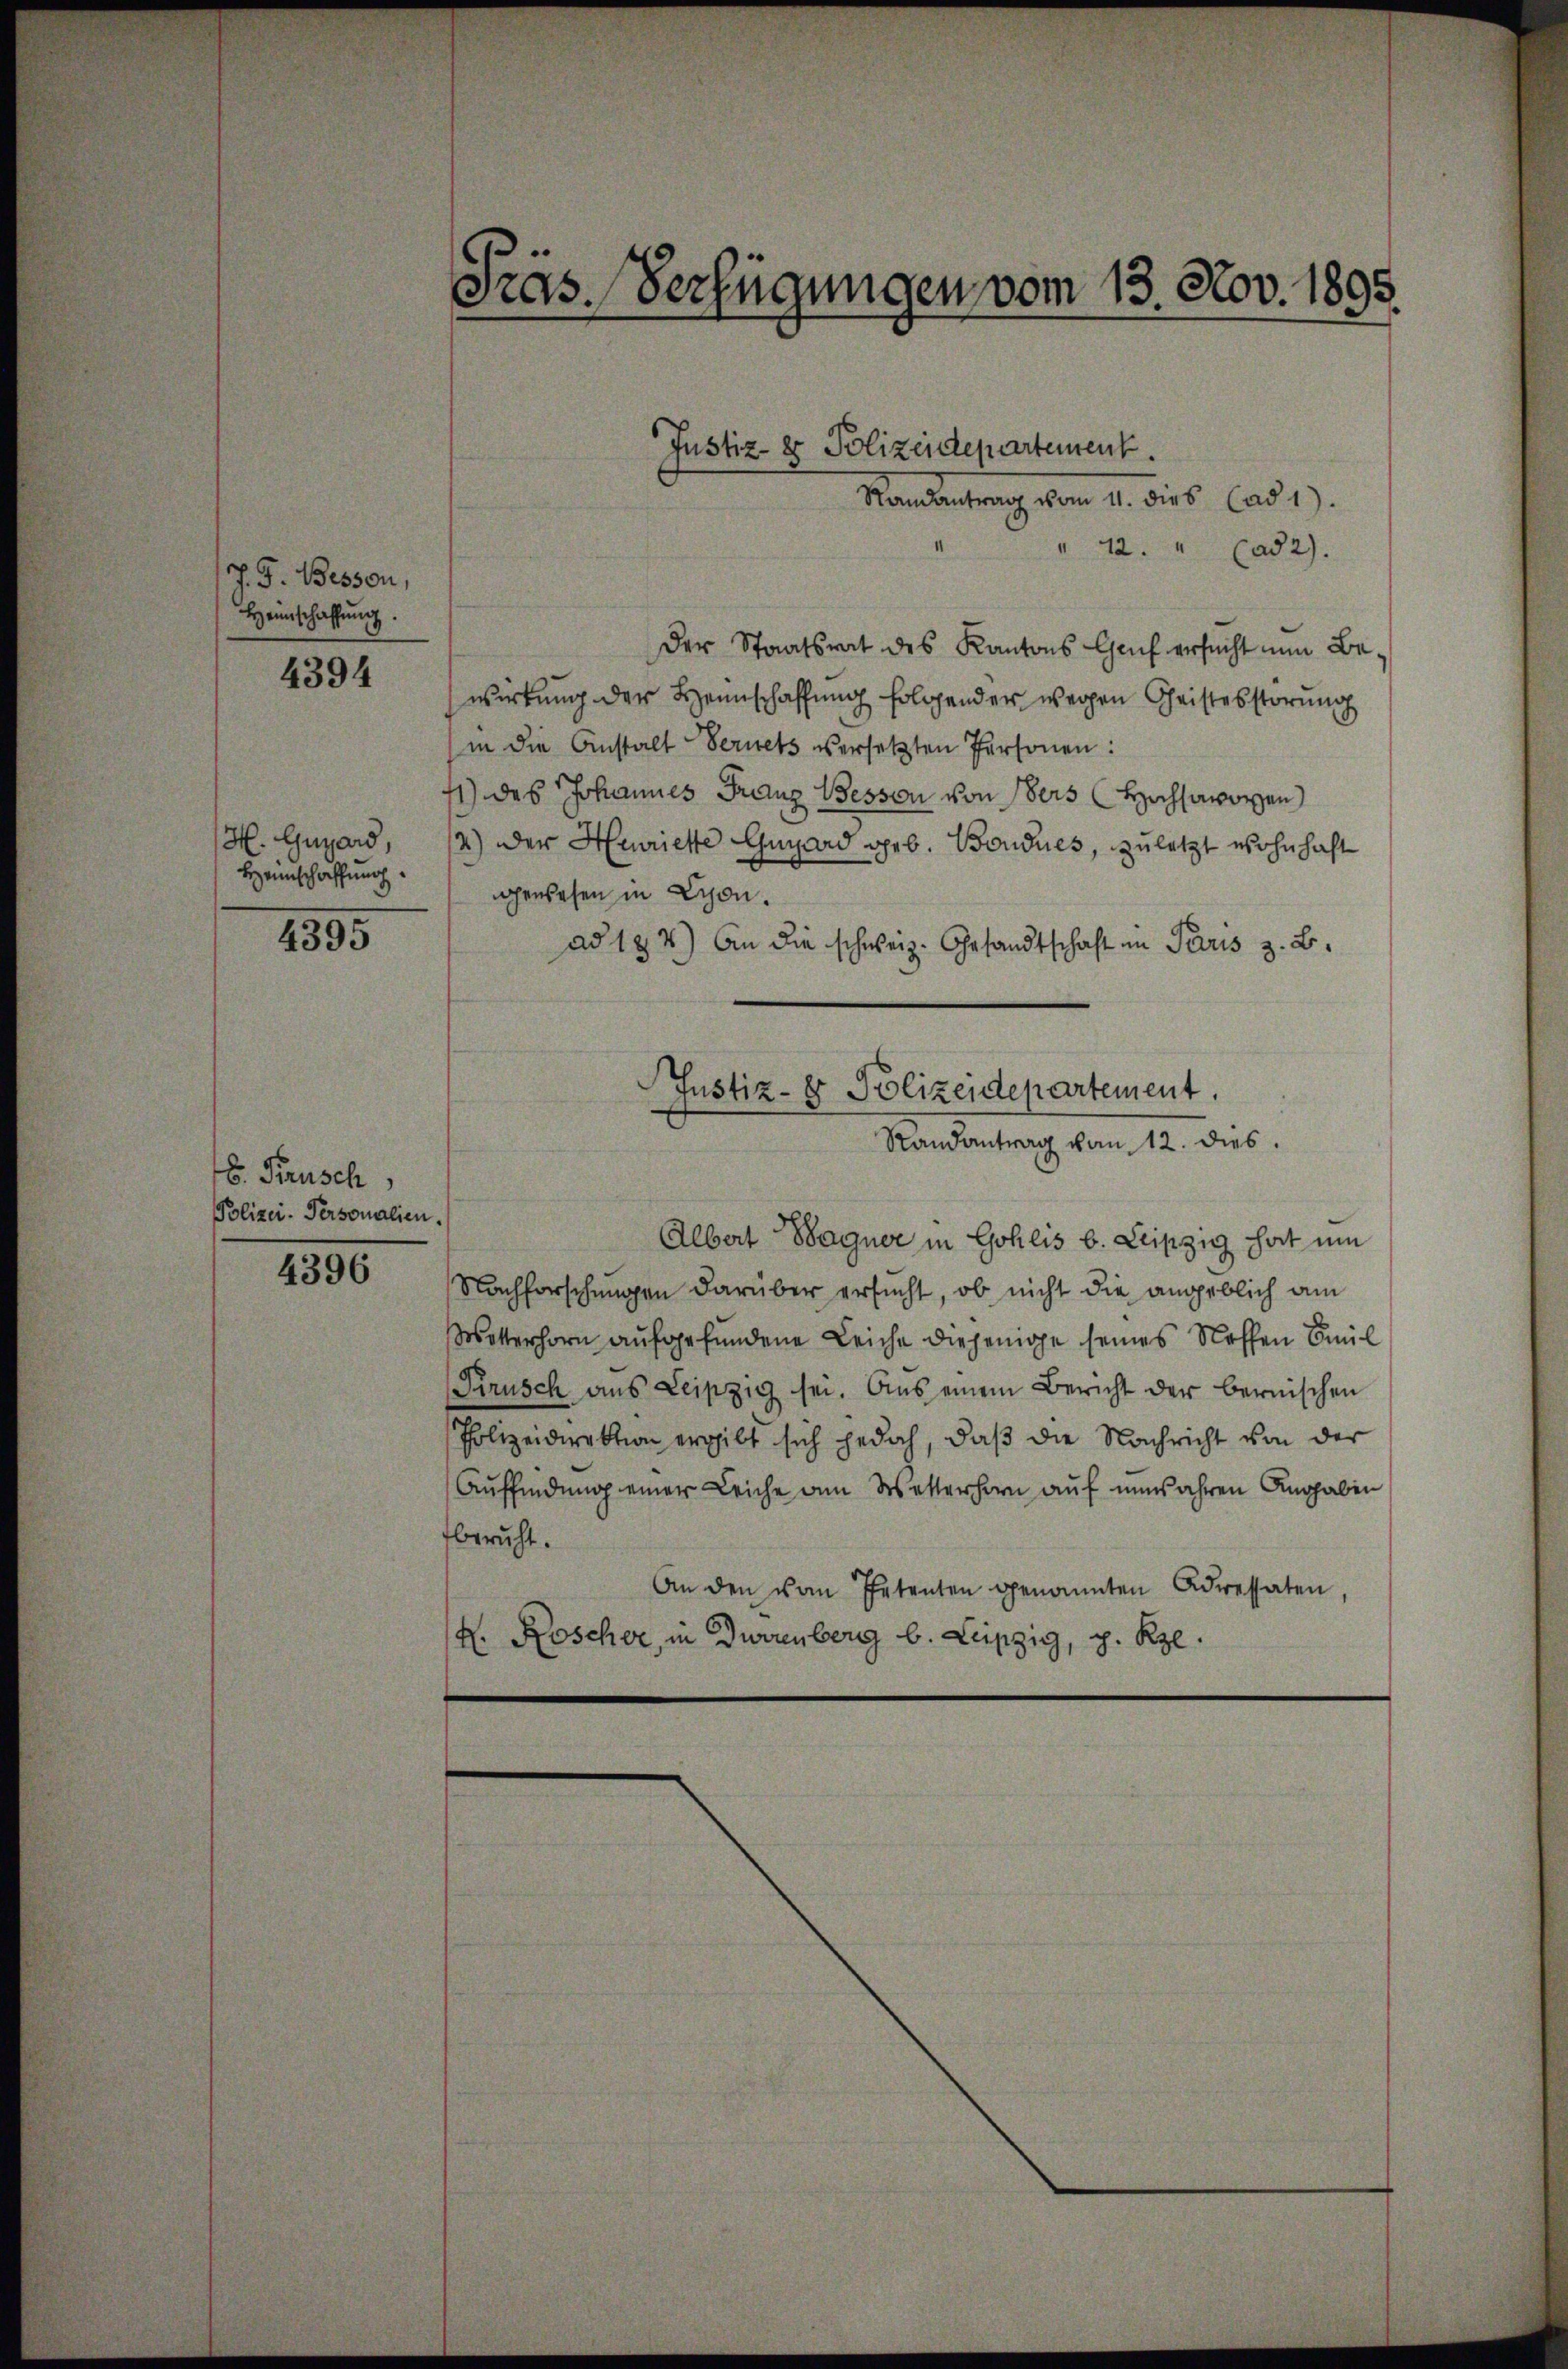
J. G. Bessen,
Heinschaffŭng.
4394

H. Gugard,
Heimschaffung
1395

8. Krusch,
Polizei-Personalien.

4396

Pras. Verfügungen vom 13. Nov. 1895.

Randantrag vom 11. dies (ad 1.
" 12. " (ad2).
Der Staatsrat des Kantons Genf ersucht nun Bewirkung der Heimschaffung folgender wegen Christesstörung
in die Anstalt Fernets versetzten Personen:
1) des Johannes Franz Bessen von ders Hochsavoyen
2) Der Henriette Gugard geb. Bondues, zuletzt wohnhaft
gewesen in Schon.
ad 124) An die schweiz. Gesandtschaft in Paris z. B.
Justiz- & Polizeidepartement.
Randantrag vom 12. dies
Albert Wagner in Gohlis b. Leipzig hat um
Nachforschungen darüber ersucht, ob nicht die angeblich am
Wetterhorn aufgefundene Leiche diejenige seines Neffen Emil
Pirusch aus Leipzig sei. Aus einem Bericht der bernischen
Polizeidirektion ergibt sich jedoch, daß die Nachricht von der
Auffindung einer Leiche am Wetterhern auf einsahren Angaben
beruht.
An den von Petenten genannten Adressaten,
H. Roscher, in Durrenberg b. Leipzig, p. Rze.

Justiz- & Polizeidepartement.